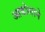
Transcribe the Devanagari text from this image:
आडोशाने